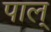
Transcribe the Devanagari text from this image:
पाल्